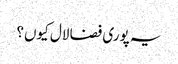
یہ پوری فضا لال کیوں؟